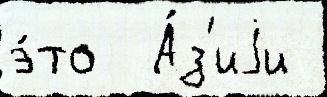
э́то  А́з'иjи